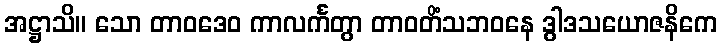
အဋ္ဌာသိ။ သော တာဝဒေဝ ကာလင်္ကတွာ တာဝတိံသဘဝနေ ဒွါဒသယောဇနိကေ